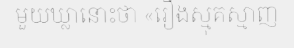
មួយឃ្លានោះថា «រឿងស្មុគស្មាញ